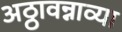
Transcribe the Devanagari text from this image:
अठ्ठावन्नाव्या